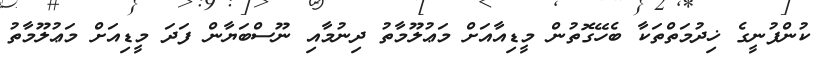
ކުންފުނީގެ ޚިދުމަތްތަކާ ބެހޭގޮތުން މީޑިއާއަށް މަޢުލޫމާތު ދިނުމާއި ނޫސްބަޔާން ފަދަ މީޑިއަށް މަޢުލޫމާތު